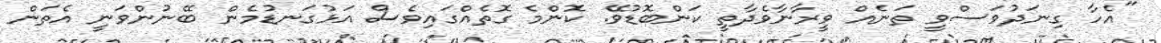
"އެހާ ގިނަދުވަސްވީ ތަނެއް ވީރާނާވެދާތީ ކަންބޮޑުވޭ. ކޮންމެ ގޮތެއްގައިވެސް އަޅުގަނޑުމެން ބޭނުންވަނީ އެތަން